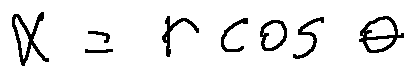
x = r \cos \theta